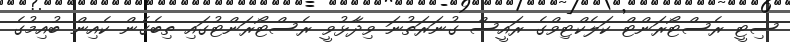
ސިޓީ ރެސްޓޯރަންޓް ކަލެކްޓިވްގެ ރައީސް ގުނަރަތުނަ ވިދާޅުވީ ރެސްޓޯރަންޓުގައި ތިބެގެން ކެއިން ބުއިމުގެ